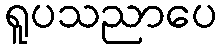
ရူပသညာပေ